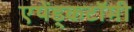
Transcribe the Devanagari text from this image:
एपेंड्कटॉमी